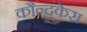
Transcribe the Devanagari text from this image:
कौन्द्केरा